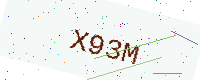
Text: X93M